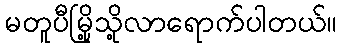
မတူပီမြို့သို့လာရောက်ပါတယ်။